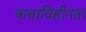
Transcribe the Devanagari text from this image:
कथाविहीनता